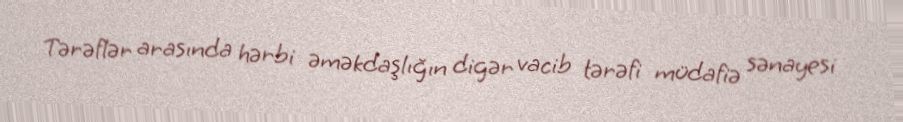
Tərəflər arasında hərbi əməkdaşlığın digər vacib tərəfi müdafiə sənayesi